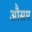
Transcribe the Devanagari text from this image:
औसम